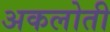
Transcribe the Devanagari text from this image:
अकलोती